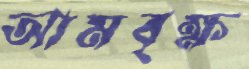
আমবৃক্ষ